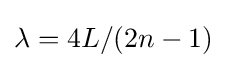
\lambda =4L/(2n-1)